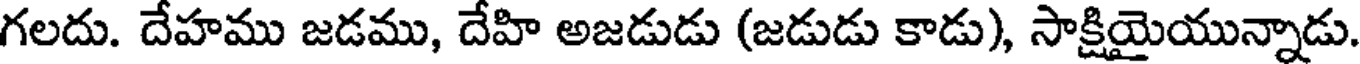
గలదు. దేహము జడము, దేహి అజడుడు (జడుడు కాడు), సాక్షియైయున్నాడు.